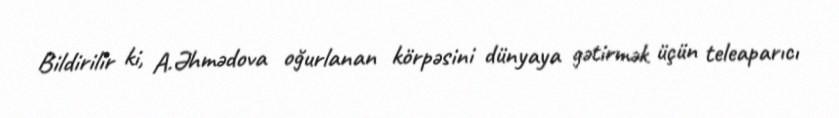
Bildirilir ki, A.Əhmədova oğurlanan körpəsini dünyaya gətirmək üçün teleaparıcı